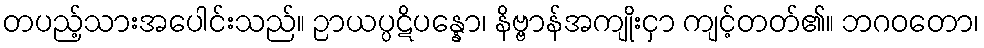
တပည့်သားအပေါင်းသည်။ ဉာယပ္ပဋိပန္နော၊ နိဗ္ဗာန်အကျိုးငှာ ကျင့်တတ်၏။ ဘဂဝတော၊